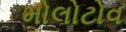
મોલોટોવ